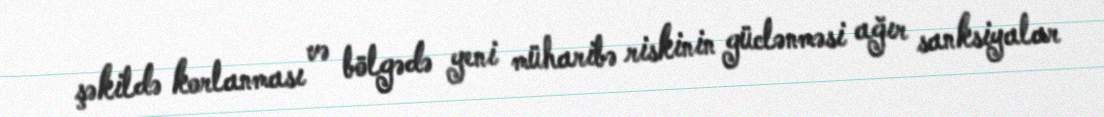
şəkildə korlanması və bölgədə yeni müharibə riskinin güclənməsi ağır sanksiyalar